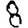
Digit: 8